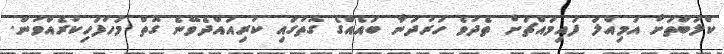
ކްލަބްތަށް އަމިއްލަ ފައިމައްޗަށް ތެދުވެ ހަރުދަނާ ބައެއްގެ ގޮތުގައި ކުރިއައްދެވޭނެ ގޮތް މަހުފަހިކުރެއްވުން.